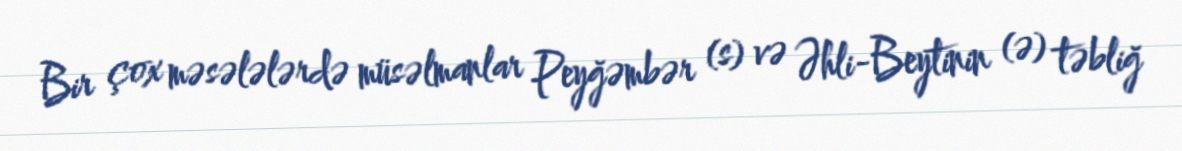
Bir çox məsələlərdə müsəlmanlar Peyğəmbər (s) və Əhli-Beytinin (ə) təbliğ